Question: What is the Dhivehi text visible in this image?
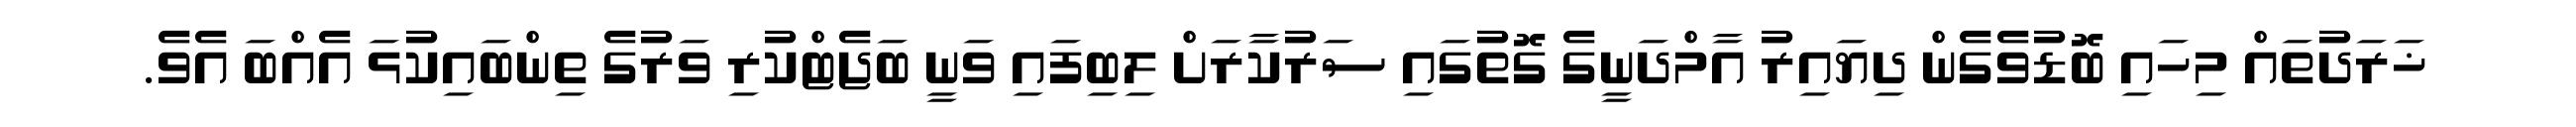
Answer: ޚަރަދުތައް މިހައި ބޮޑުވެގެން ދިޔައިރު އާމްދަނީގެ ގޮތުގައި ސަރުކާރަށް ލިބިފައި ވަނީ ބަޖެޓްކުރި ވަރުގެ ތިންބައިކުޅަ އެއްބަ އެވެ.